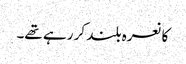
کا نعرہ بلند کر رہے تھے۔